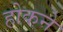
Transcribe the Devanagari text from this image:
होकने